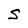
Character: S